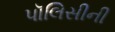
પૉલિસીની